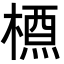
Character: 槱